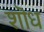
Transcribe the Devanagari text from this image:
शॊध